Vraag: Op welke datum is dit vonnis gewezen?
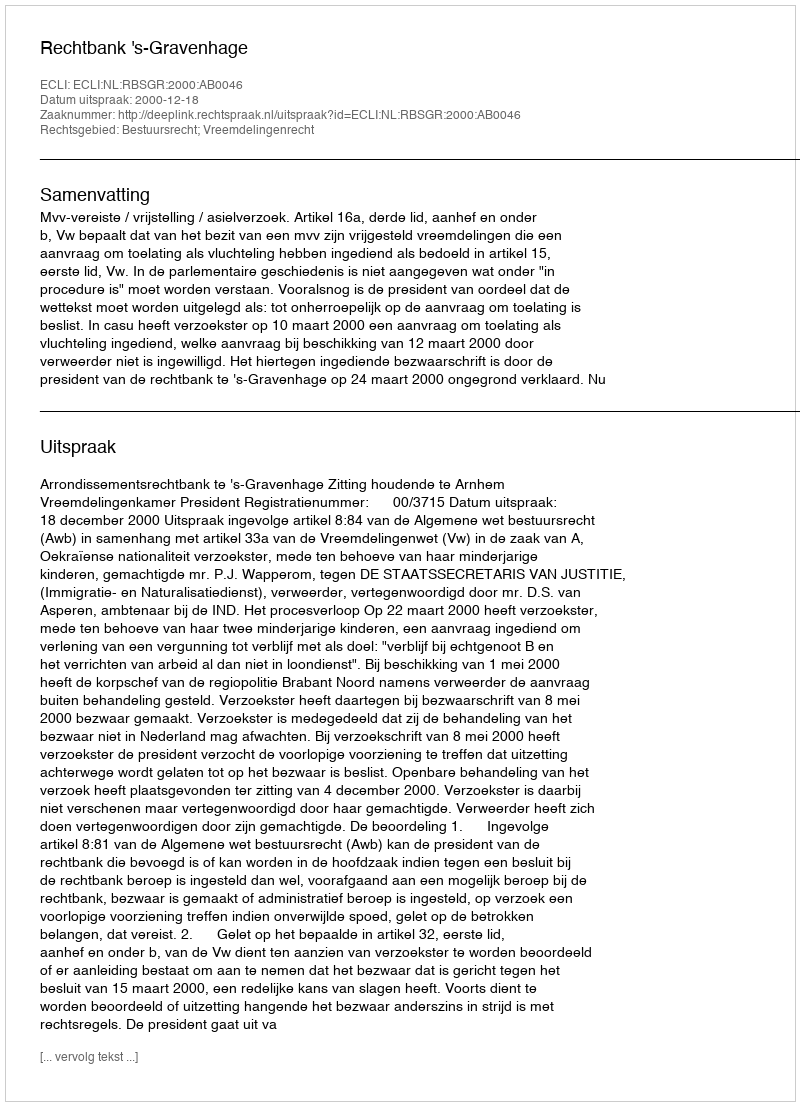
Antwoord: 2000-12-18